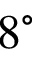
8 ^ { \circ }